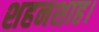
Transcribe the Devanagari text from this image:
शहनशाह।